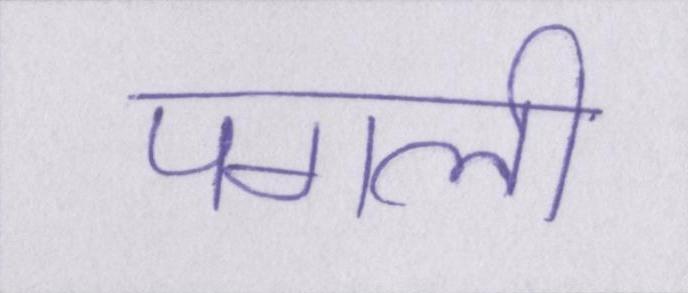
पगली